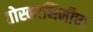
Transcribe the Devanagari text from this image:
तोस्कानिनीचा